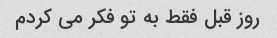
روز قبل فقط به تو فکر می کردم